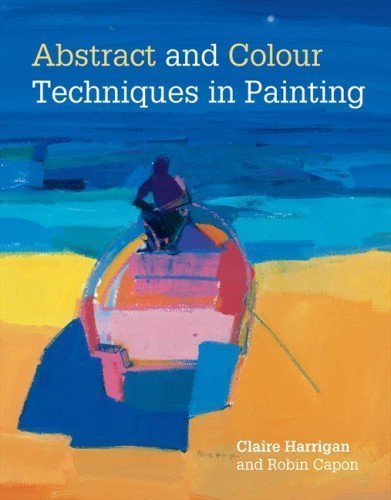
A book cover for Abstract and Colour Techniques in Painting by Claire Harrigan (April 2 2013); Crafts, Hobbies & Home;